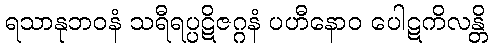
ရသာနုဘဝနံ သရီရပ္ပဋိဇဂ္ဂနံ ပဟီနောဝ ပေါဋကိလန္တိ